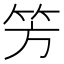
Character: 𥫳